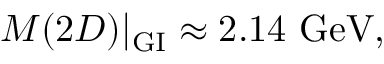
M ( 2 D ) | _ { \mathrm { G I } } \approx 2 . 1 4 { \ \mathrm { G e V } } ,